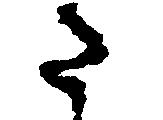
た